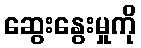
ဆွေးနွေးမှုကို